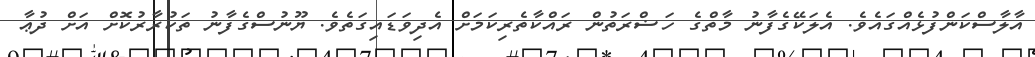
އާލާސްކަންފުޅެއްގައެވެ. އެލަކޭގެފާނު މާތްގެ ހަޟްރަތުން ރައްކާތެރިކަމަށް އެދިވަޑައިގަތެވެ. ޔޫނުސްގެފާނު ތަކުރާރުކޮށް އަށް ދުޢާ